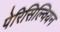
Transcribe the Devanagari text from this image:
पेरिसिल्वियन